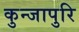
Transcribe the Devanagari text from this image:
कुन्जापुरि